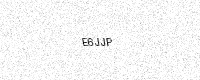
Text: E6JJP